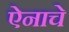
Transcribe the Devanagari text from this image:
ऐनाचे